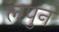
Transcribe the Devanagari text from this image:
लपुन